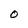
Character: O